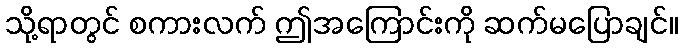
သို့ရာတွင် စကားလက် ဤအကြောင်းကို ဆက်မပြောချင်။